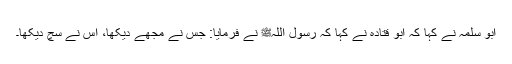
ابو سلمہ نے کہا کہ ابو قتادہ نے کہا کہ رسول اللہﷺ نے فرمایا: جس نے مجھے دیکھا، اس نے سچ دیکھا۔